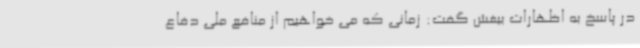
در پاسخ به اظهارات بیغش گفت: زمانی که می خواهیم از منافع ملی دفاع